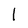
Character: I